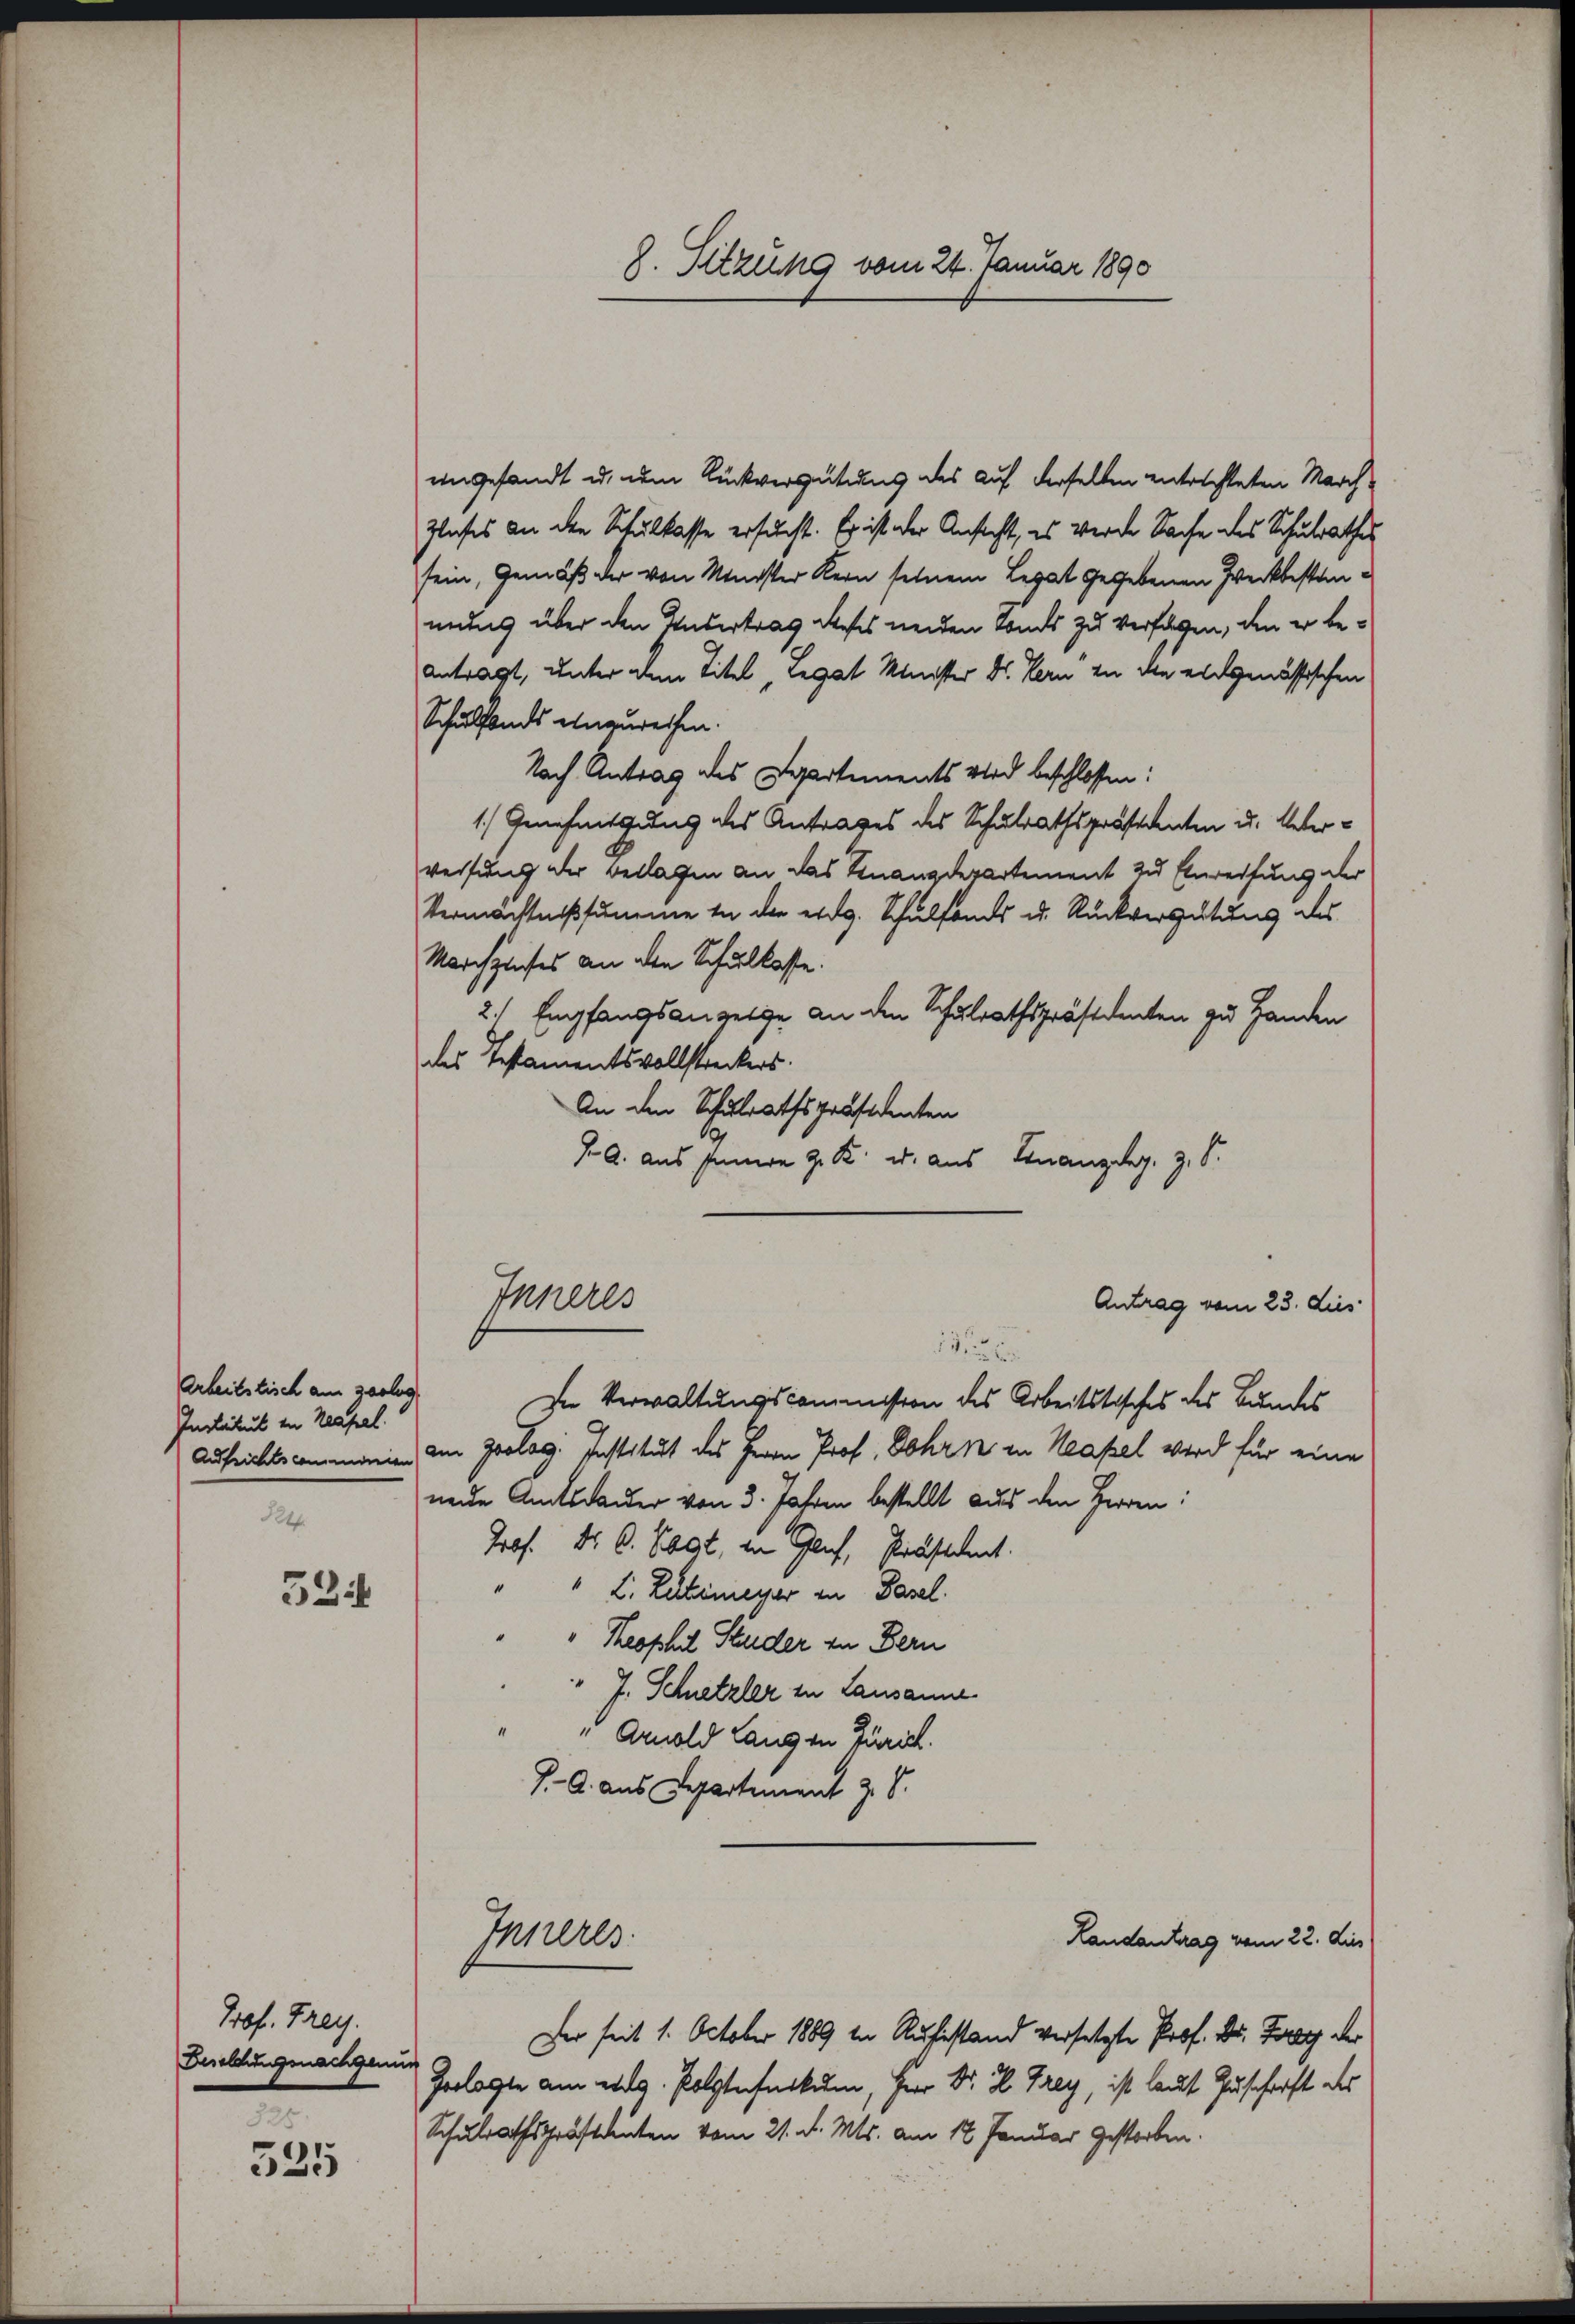
Arbeitstisch am zerleg
Institut in Neapel.
Pf

325
335

53

Prof. Frey.
Beselchungsnachgenus

ungesandt u. um Rückvergütung des auf derselben entrichteten March-
zliches an den Schulkasse ersucht. Er ist der Ansicht, es werde Sache des Schulrathes
sein, Gemäß der von Meister Kern seinem Legat gegebenen Zweckbestanneung über den Untertrag dieses neiden Lands zu verfügen, den er beantragt, unter dem Titel, Legat Minister Dr. Kern zu die eidgenössischen
Schulfonds einzurechen.
Nach Antrag des Departements wird beschlossen:
1.) Genehmigung des Antrages des Schulrathspräsidenten u. Ueberweisung der Beklagen an das Finanzdepartement zu Erweisung der
Vermächtnissumme in der eidg. Schulfonds u. Rückvergütung des
Marchzinses an den Schulkasse.
2. Empfangsanzeige an den Schulrathspräsidenten zu Handen
des Testamentsvollstreckers.
An den Schulrathspräsidenten
J. A. aus Innern J. K. u. aus Finanzig, z. S.
Inneres
Antrag vom 23. dies
13
In Verwaltungscommission des Arbeitstisches des Bundes
Aufrichtscommen am geolog. Institut des Herrn Prof. Bohrn in Neapel wird für eine
neue Amtsdauer von 3. Jahren bestellt aus den Herren:
Prof. Dr. C. Sagt, in glich, Präsident.
"" L. Kerkemeyer in Pasel.
"Theophil Studer in Bern
" J. Schnetzler in Lausanne
" " Arnold Lang in Zürich.
J. A. aus Departement z. S.

8. Sitzung vom 24. Januar 1890

Der seit 1. October 1889 in Rufstand versetzte Prof. Dr. Frey der
Zerlegte am eidg. Polytechnikum, Herr Dr. H. Frey, ist laut Zuschrift des
Schulrathspräsidenten vom 21. d. Mts. am 12 Januar gestorben.

Inneres

Landantrag vom 22. dies